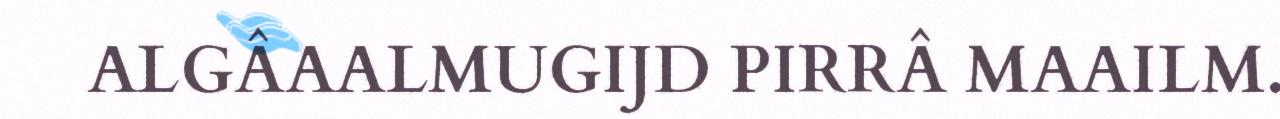
ALGÂAALMUGIJD PIRRÂ MAAILM.